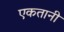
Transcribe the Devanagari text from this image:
एकतानी